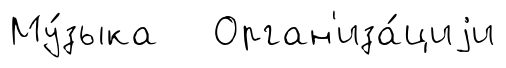
Му́зыка Орган'иза́циjи